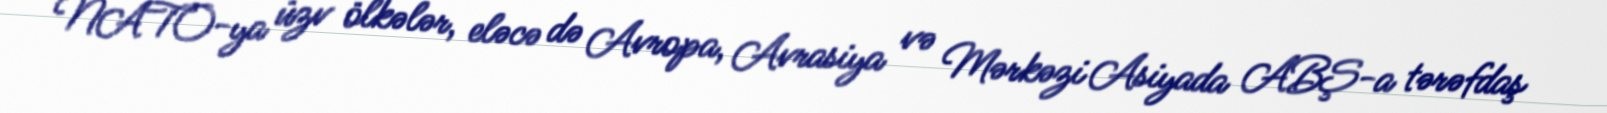
NATO-ya üzv ölkələr, eləcə də Avropa, Avrasiya və Mərkəzi Asiyada ABŞ-a tərəfdaş